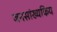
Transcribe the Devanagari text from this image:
जनसांख्यकिय